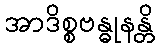
အာဒိစ္စဗန္ဓုနန္တိ